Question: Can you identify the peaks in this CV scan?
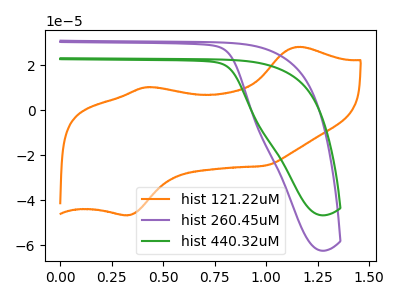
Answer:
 <answer>The orange curve "hist 121.22uM" has anodic peaks at (1.15V, 28.20uA) (0.45V, 10.30uA) and cathodic peaks at (0.35V, -46.65uA) (1.00V, -24.65uA). The purple curve "hist 260.45uM" has no peaks. The green curve "hist 440.32uM" has no peaks.</answer>
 <eval></eval>